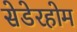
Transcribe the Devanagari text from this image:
सेडेरहोम